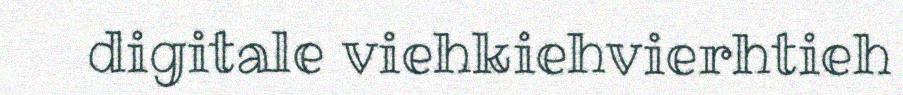
digitale viehkiehvierhtieh